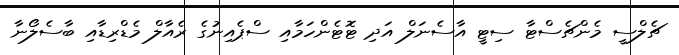
ޗެލްސީ މެންޗެސްޓާ ސިޓީ އާސެނަލް އަދި ޓޮޓެންހަމާއި ސްޕެއިނުގެ ރެއާލް މެޑްރިޑާއި ބާސެލޯނާ